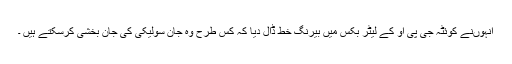
انہوںنے کوئٹہ جی پی او کے لیٹر بکس میں بیرنگ خط ڈال دیا کہ کس طرح وہ جان سولیکی کی جان بخشی کرسکتے ہیں ۔